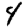
Digit: 4